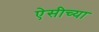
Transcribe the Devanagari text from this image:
ऐसीच्या